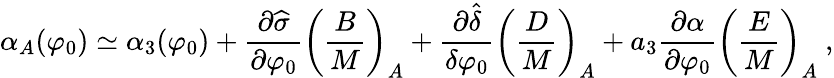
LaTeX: \alpha_{A}(\varphi_{0})\simeq\alpha_{3}(\varphi_{0})+{\frac{\partial\widehat\sigma}{\partial\varphi_{0}}}\left({\frac{B}{M}}\right)_{A}+{\frac{\partial\widehat\delta}{\delta\varphi_{0}}}\left({\frac{D}{M}}\right)_{A}+a_{3}{\frac{\partial\alpha}{\partial\varphi_{0}}}\left({\frac{E}{M}}\right)_{A}\ ,